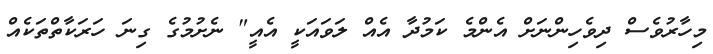
މިހާރުވެސް ދިވެހިންނަށް އެންމެ ކަމުދާ އެއް ލަވައަކީ އެއީ" ނެށުމުގެ ގިނަ ހަރަކާތްތަކެއް